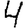
Digit: 4